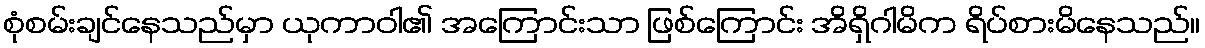
စုံစမ်းချင်နေသည်မှာ ယုကာဝါ၏ အကြောင်းသာ ဖြစ်ကြောင်း အိရှိဂါမိက ရိပ်စားမိနေသည်။